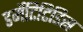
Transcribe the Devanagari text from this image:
डर्मेटिटिडिस